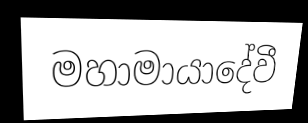
මහාමායාදේවී